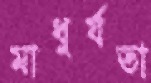
মাধুর্যতা